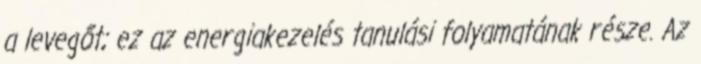
a levegőt; ez az energiakezelés tanulási folyamatának része. Az